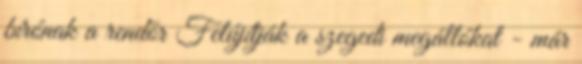
bírónak a rendőr Felújítják a szegedi megállókat - már